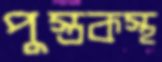
পুস্তকস্থ